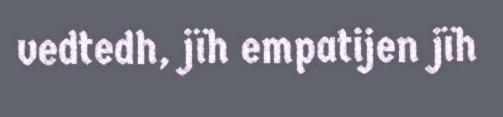
vedtedh, jïh empatijen jïh